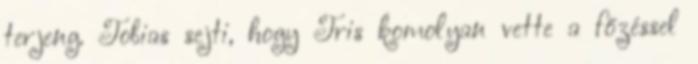
terjeng. Tobias sejti, hogy Tris komolyan vette a főzéssel